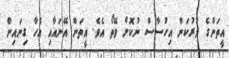
އީތަންގެ ދުރުކަން އިހުސާސް ނުކޮށް ވޭތޯ އެވެ. އީތަން އޭނައާއި އެހާ ގިނައިން